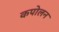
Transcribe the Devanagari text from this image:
कपोलन